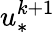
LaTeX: u_{*}^{k+1}